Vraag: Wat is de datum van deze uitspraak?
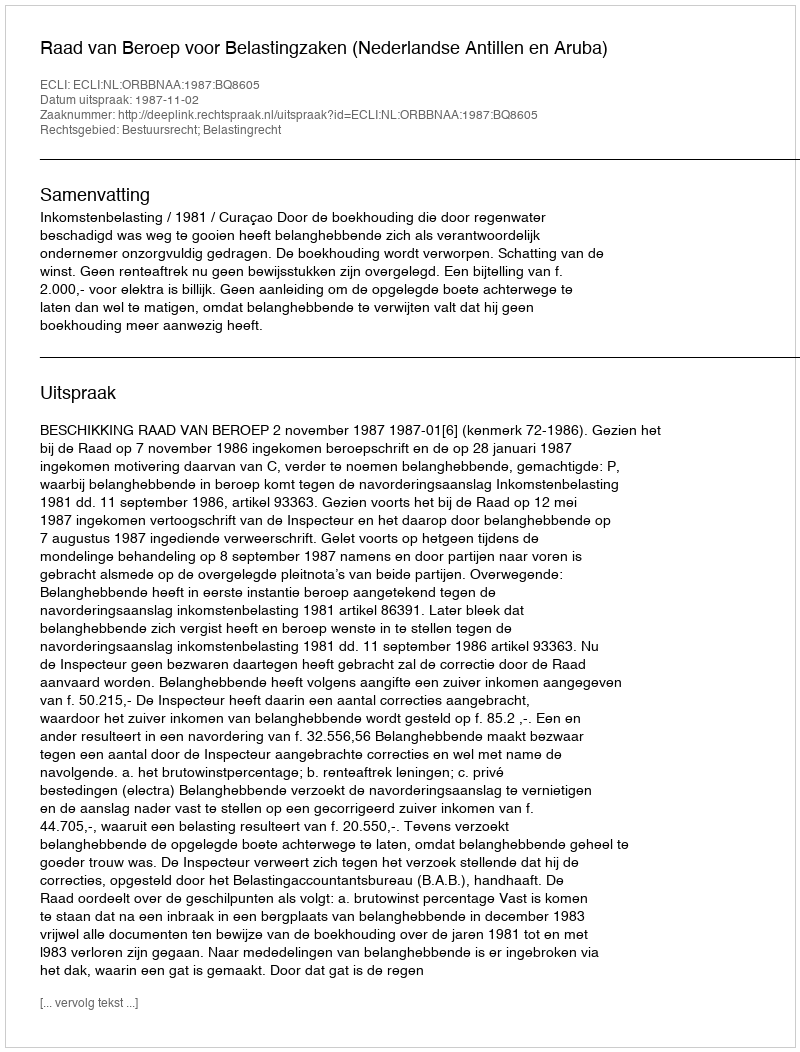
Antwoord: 1987-11-02